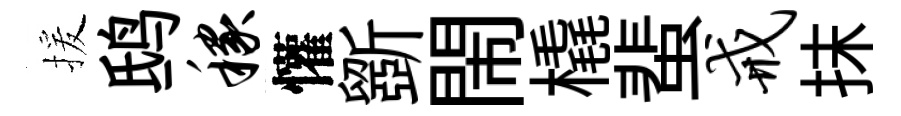
援鸱稼懽斵閙橇蜚戒抹